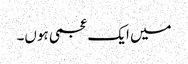
میں ایک عجمی ہوں۔